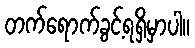
တက်ရောက်ခွင့်ရရှိမှာပါ။